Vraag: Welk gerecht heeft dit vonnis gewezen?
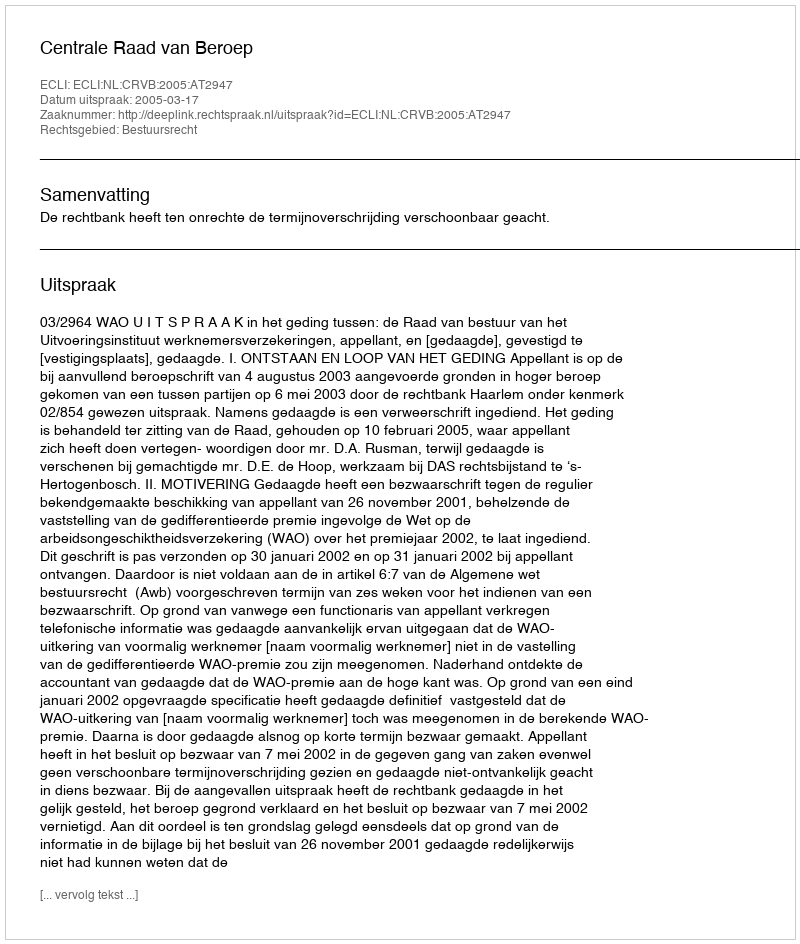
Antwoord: Centrale Raad van Beroep